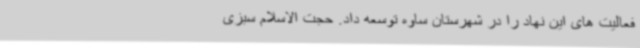
فعالیت های این نهاد را در شهرستان ساوه توسعه داد. حجت الاسلام سبزی